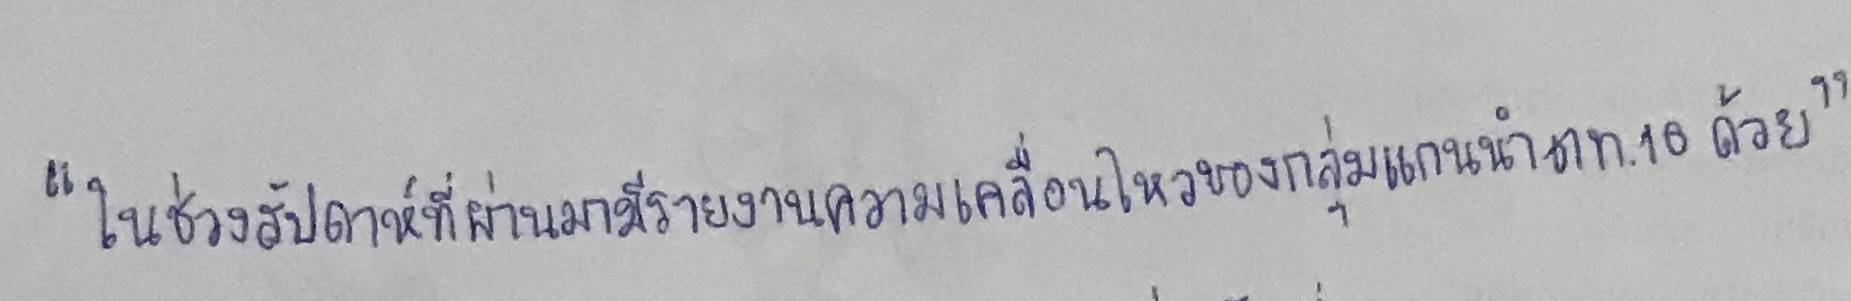
"ในช่วงสัปดาห์ที่ผ่านมามีรายงานความเคลื่อนไหวของกลุ่มแกนนำ ตท. 10ด้วย"